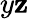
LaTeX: y\mathbf{z}